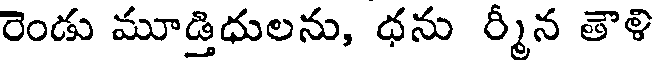
రెండు మూడ్తిధులను, ధను ర్మీన తౌళి